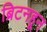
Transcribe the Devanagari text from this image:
ब्रिटनहून